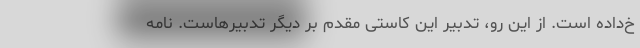
خ‌داده است. از این رو، تدبیر این کاستی مقدم بر دیگر تدبیرهاست. نامه